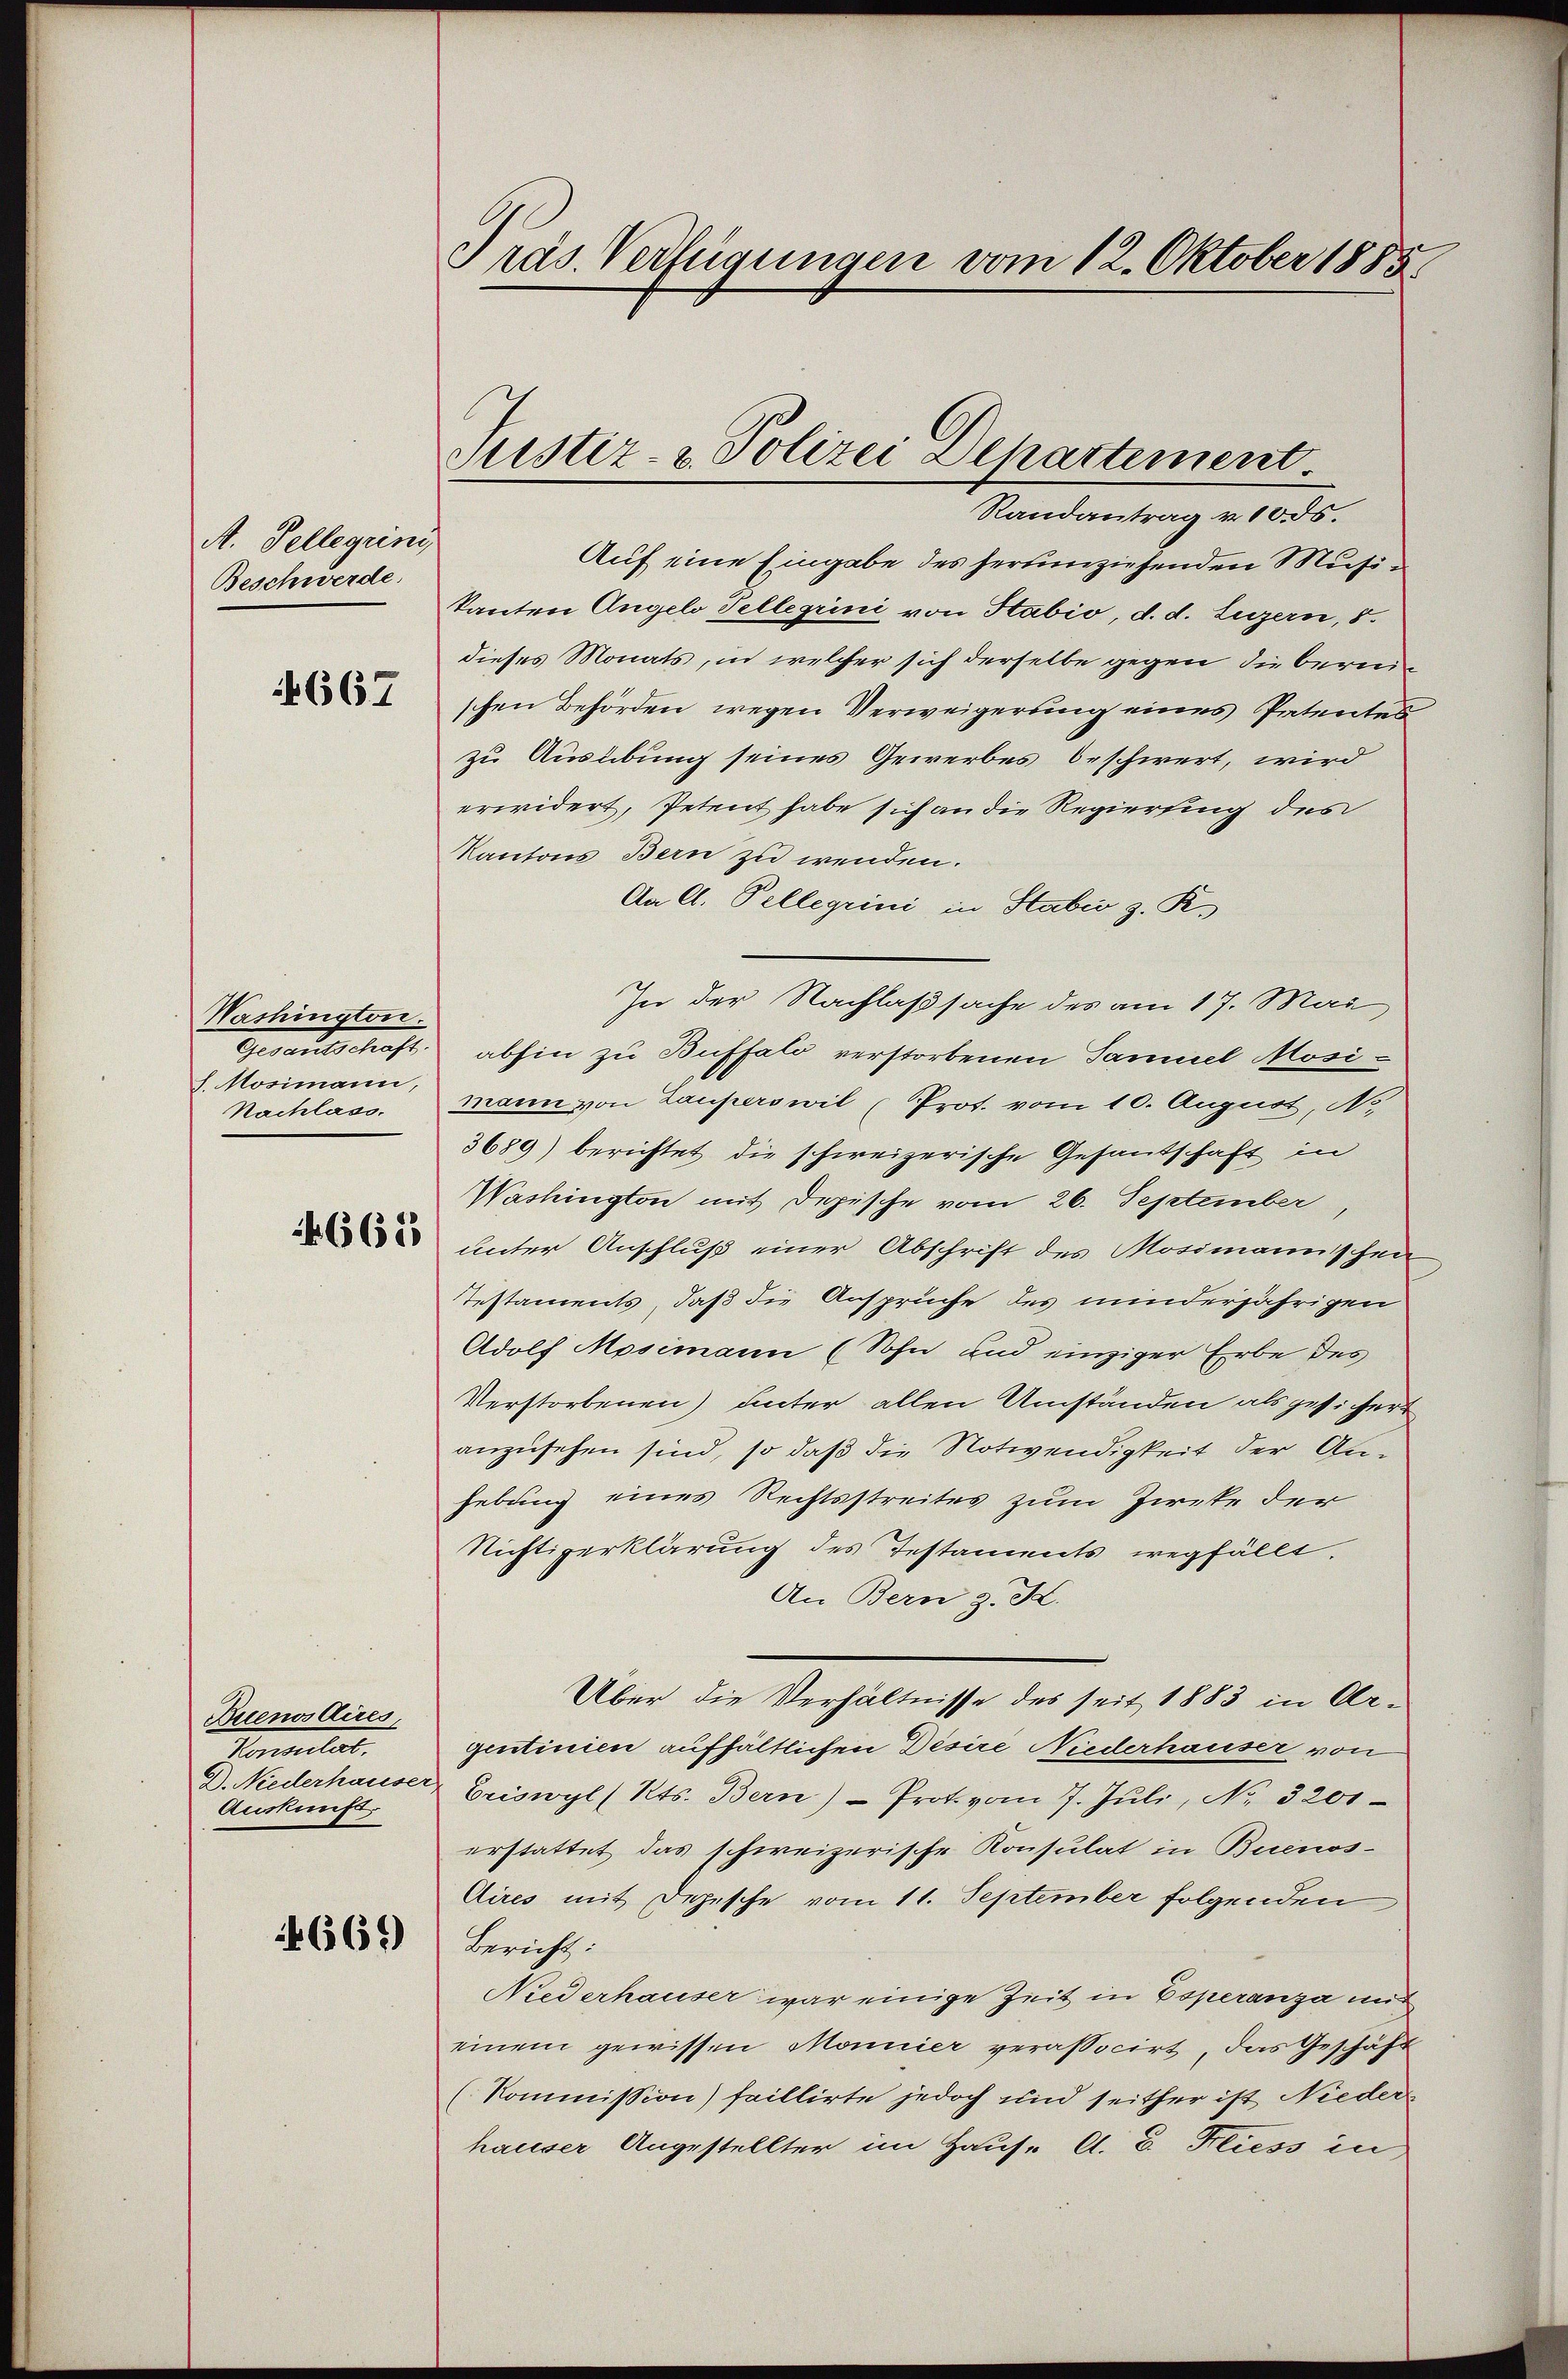
A. Tellegrini,
Beschwerde.
4667

Washington.
Gesandtschaft.
J. Mosimann,
Nachlass.

N. 661

Buenos Aires,
Ventilat
Auskunft.

665)

Präs. Verfügungen vom 12. Oktober 1885

Sistiz- & Polizei Departement.
Randantrag v. 10. ds.

Auf eine Eingabe des herumziehenden Musikanten Angelo Tellegiini von Stabio, d. d. Luzern, 8.
dieses Monats, in welcher sich derselbe gegen die bereischen Behörden, wegen Verweigerung eines Petentes
zu Ausübung seines Gewerbes beschwert, wird
erwidert, Petent habe sich an die Regierung des
Kantons Bern zu wenden.
An A. Pellegrini in Stabis z. K.
In der Nachlaßsache des am 17. Mai
abhin zu Buffalo verstorbenen Samuel Mosi-
mann von Lauperswil (Prot. vom 10. August, No.
3689) berichtet die schweizerische Gesantschaft in
Washington mit Depische vom 26. September,
unter Anschluß einer Abschrift des Mosimannischen
Testaments, daß die Anspruche des minderjährigen
Adolf Mosimann (Sohn und einziger Erbe des
Verstorbenen) unter allen Umständen als gesichert
anzusehen sind, so daß die Notwendigkeit der Anhebung eines Rechtsstreites zum Zirke der
Nichtigerklärung des Testaments wegfällt.
An Bern z. Z.
Über die Verhältnisse des seit 1883 in Argentinien aufhältlichen Desire Niederhauser von
D. Niederhauser Griswyl (Kts. Bern) - Prot. vom 7. Jŭli, No. 3201
erstattet das schweizerische Konsulat in Buenos-
Aires mit Depesche vom 11. September folgenden
Bericht:
Niederhauser war einige Zeit in Coperanza mit
einem gewissen Mannier verassocirt, das Geschäft
(Kommission) faillirte jedoch und seither ist Nieder
hauser Angestellter im Haus. A. B. Fliess in